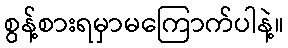
စွန့်စားရမှာမကြောက်ပါနဲ့။